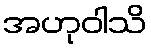
အဟုဝါသိ